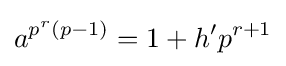
a^{p^{r}(p-1)}=1+h'p^{r+1}